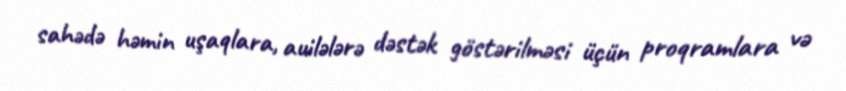
sahədə həmin uşaqlara, auilələrə dəstək göstərilməsi üçün proqramlara və